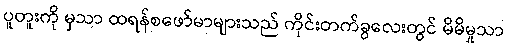
ပူတူးကို မှသာ ထရန်စဖော်မာများသည် ကိုင်းတက်ခွလေးတွင် မိမိမှုသာ